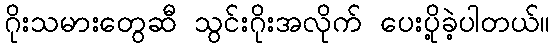
ဂိုးသမားတွေဆီ သွင်းဂိုးအလိုက် ပေးပို့ခဲ့ပါတယ်။